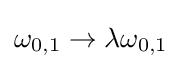
\omega _{0,1}\to \lambda \omega _{0,1}